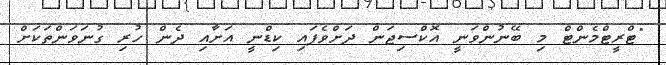
"ޓްރީޓްމެންޓް މި ބޭނުންވަނީ އޮކްސިޖަން ދަށްވެފައި ކިޑްނީ އަށާއި ދެން ހުރި ގުނަވަންތަކަށް